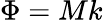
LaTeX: \Phi=Mk